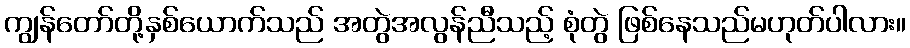
ကျွန်တော်တို့နှစ်ယောက်သည် အတွဲအလွန်ညီသည့် စုံတွဲ ဖြစ်နေသည်မဟုတ်ပါလား။